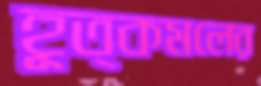
হূত্কমলের